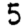
Digit: 5